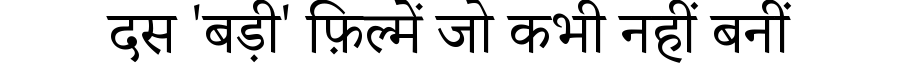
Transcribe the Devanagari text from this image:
दस 'बड़ी' फ़िल्में जो कभी नहीं बनीं